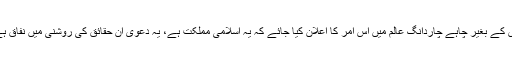
اس کے بغیر چاہے چاردانگ عالم میں اس امر کا اعلان کیا جائے کہ یہ اسلامی مملکت ہے، یہ دعوی ان حقائق کی روشنی میں نفاق ہے۔